Vaccination returns of the Province of Eastern Bengal and Assam - 1905-1912
Year: 1905
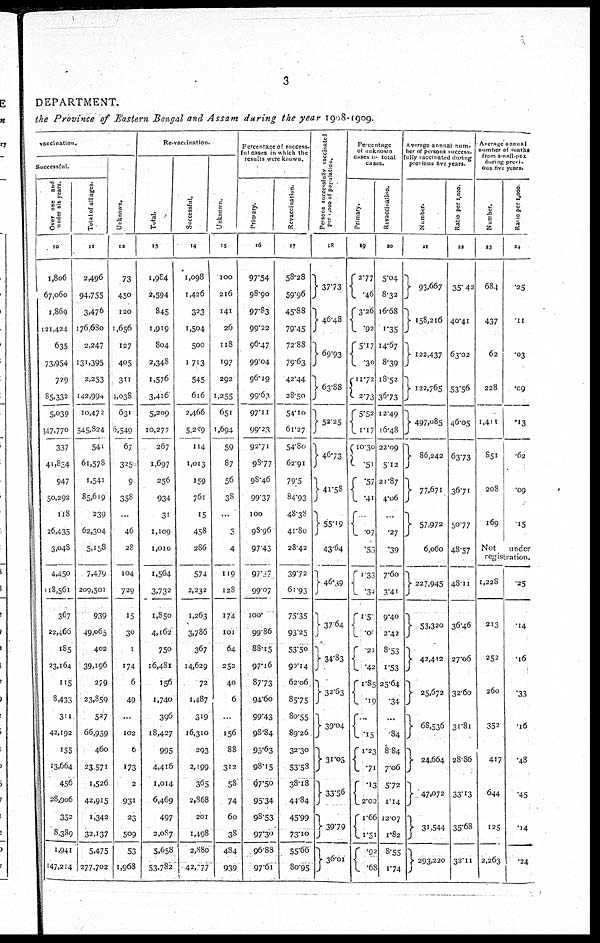
3
DEPARTMENT.
the Province of Eastern Bengal and Assam during the year 1908-1909.
vaccination.
Successful.
Over one and
under six years.
10
1,806
67,060
1,869
121,424
635
73,954
729
85,332
5,039
347,770
337
41,834
947
50,292
118
26,435
3,048
4,450
118,561
367
22,466
185
23,164
115
8,433
311
42,192
155
13,664
456
28,906
352
8,389
1,941
147,214
Total of all ages.
11
2,496
94,755
3,476
176,680
2,247
131,395
2,253
142,994
10,472
545,824
541
61,578
1,541
85,619
239
62,304
5,158
7,479
209,501
939
49,665
402
39,196
279
23,859
527
66,959
460
23,571
1,526
42,915
1,342
32,137
5,475
277,702
Unknown.
12
73
450
120
1,656
127
405
311
4,038
631
6,549
67
325
9
358
...
46
28
104
729
15
30
1
174
6
49
...
102
6
173
2
931
23
509
53
1,968
Re-vaccination.
Total.
13
1,984
2,594
845
1,919
804
2,348
1,576
3,416
5,209
10,277
267
1,697
256
934
31
1,109
1,010
1,564
3,732
1,850
4,162
750
16,481
156
1,740
396
18,427
995
4,416
1,014
6,469
497
2,087
5,658
53,782
Successful.
14
1,098
1,426
323
1,504
500
1,713
545
616
2,466
5,259
114
1,013
159
761
15
458
286
574
2,232
1,263
3,786
367
14,629
72
1,487
319
16,310
293
2,199
365
2,868
201
1,498
2,880
42,977
Unknown.
15
100
2l6
141
26
118
197
292
1,255
651
1,694
59
87
56
38
...
3
4
119
128
174
101
64
252
40
6
...
156
88
312
58
74
60
38
484
939
Percentage of success¬
ful cases in which the
results were known.
Primary.
16
97.54
98.90
97.83
99.22
96.47
99.04
96.19
99.63
97.11
99.23
92.71
98.77
98.46
99.37
100
98.96
97.43
97.37
99.07
100.
99.86
88.15
97.16
87.73
94.66
99.43
98.84
90.63
98.15
97.50
95.34
98.53
97.30
96.88
97.61
Revaccination.
17
58.28
59.96
45.88
79.45
72.88
79.63
42.44
28.50
54.10
61.27
54.80
62.91
79.5
84.93
48.38
41.80
28.42
39.72
61.93
75.35
93.25
53.50
90.14
62.06
85.75
80.55
89.26
32.30
53.58
38.18
44.84
45.99
73.10
55.66
80.95
Persons successfully vaccinated
per 1,000 of population.
18
37.73
46.48
69.93
63.88
52.25
46.73
41.58
55.19
43.64
46.39
37.64
34.83
32.63
39.04
31.03
33.56
39.79
36.01
Percentage
of unknown
cases to total
cases.
Primary.
19
2.77
.46
3.26
.92
5. 17
.30
11.72
2.73
5.52
1.17
10.30
.51
.57
.41
... .07
.53
1.33
.34
150
.09 .21
.42
1.85
. 19
...
.15
1.23
.71
.13
2.02
1.66
1.51
.92
.68
Revaccination.
20
5.04
8.32
16.68
1.35
14.67
8.39
18.52
36.73
12.49
16.48
22.09
5.12
21.87
4.06
...
.27
.39
7.60
3.40
9.40
2.42
8.53
1.53
25.64
.34
...
.84
8.84
7.06
5.72
1.14
12.07
1.82
8.55
1.74
Average annual num.
her of persons success.
fully vaccinated during
previous five years.
Number.
21
93,667
158,216
122,437
122,765
497,085
86,242
77,671
57,972
6,060
227,945
53,320
42,412
25,672
68,536
24,664
47,072
31,544
293,220
Ratio per 1,000.
22
35.42
40.41
63.02
53.56
46.05
63.73
36.71
50.77
48.57
48.11
36.46
27.06
32.60
31.81
28.86
33.13
35.68
32.11
Average annual
number of deaths
from small-pox
during previ¬
ous five years.
Number.
23
684
437
62
228
1,411
851
208
169
Ratio
per 1,000.
24
.25
.11
.03
.09
.13
.62
.09
.15
Not under
registration.
1,228
213
252
260
352
417
644
125
2,263
.25
.14
.16
.33
.16
.48
.45
.14
.24